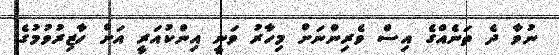
ނުވާ ދެ ތަނެއްގެ އިސް ވެރިންނަށް މިހާރު ވަނީ އިންކުއަރީ އަށް ހާޒިރުވުމުގެ